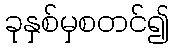
ခုနှစ်မှစတင်၍